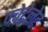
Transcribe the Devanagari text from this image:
क्वेटेलेट